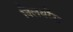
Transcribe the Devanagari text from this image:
क्लियरैंस